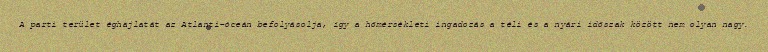
A parti terület éghajlatát az Atlanti-óceán befolyásolja, így a hőmérsékleti ingadozás a téli és a nyári időszak között nem olyan nagy.